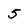
Character: 5